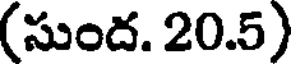
(సుంద. 20.5)